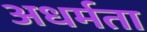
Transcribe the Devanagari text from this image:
अधर्मता